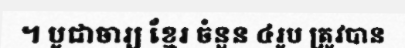
។ បូជាចារ្យ ខ្មែរ ចំនួន ៤រូប ត្រូវបាន